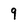
Character: 9